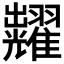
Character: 𮋚